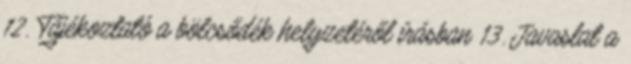
12. Tájékoztató a bölcsődék helyzetéről írásban 13. Javaslat a